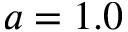
a = 1 . 0